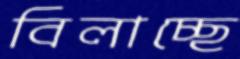
বিলাচ্ছে